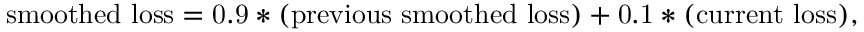
\mathrm { { s m o o t h e d ~ l o s s } = 0 . 9 * \mathrm { { ( p r e v i o u s ~ s m o o t h e d ~ l o s s ) } + 0 . 1 * \mathrm { { ( c u r r e n t ~ l o s s ) , } } } }